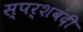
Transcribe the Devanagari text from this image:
स्पर्शबंदी